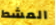
المشط